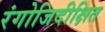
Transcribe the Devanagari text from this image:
रंगोजिदीक्षित